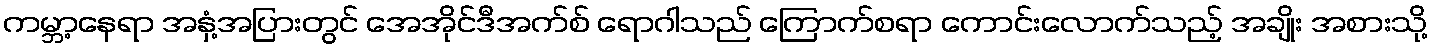
ကမ္ဘာ့နေရာ အနှံ့အပြားတွင် အေအိုင်ဒီအက်စ် ရောဂါသည် ကြောက်စရာ ကောင်းလောက်သည့် အချိုး အစားသို့